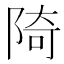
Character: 陭